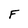
Character: F